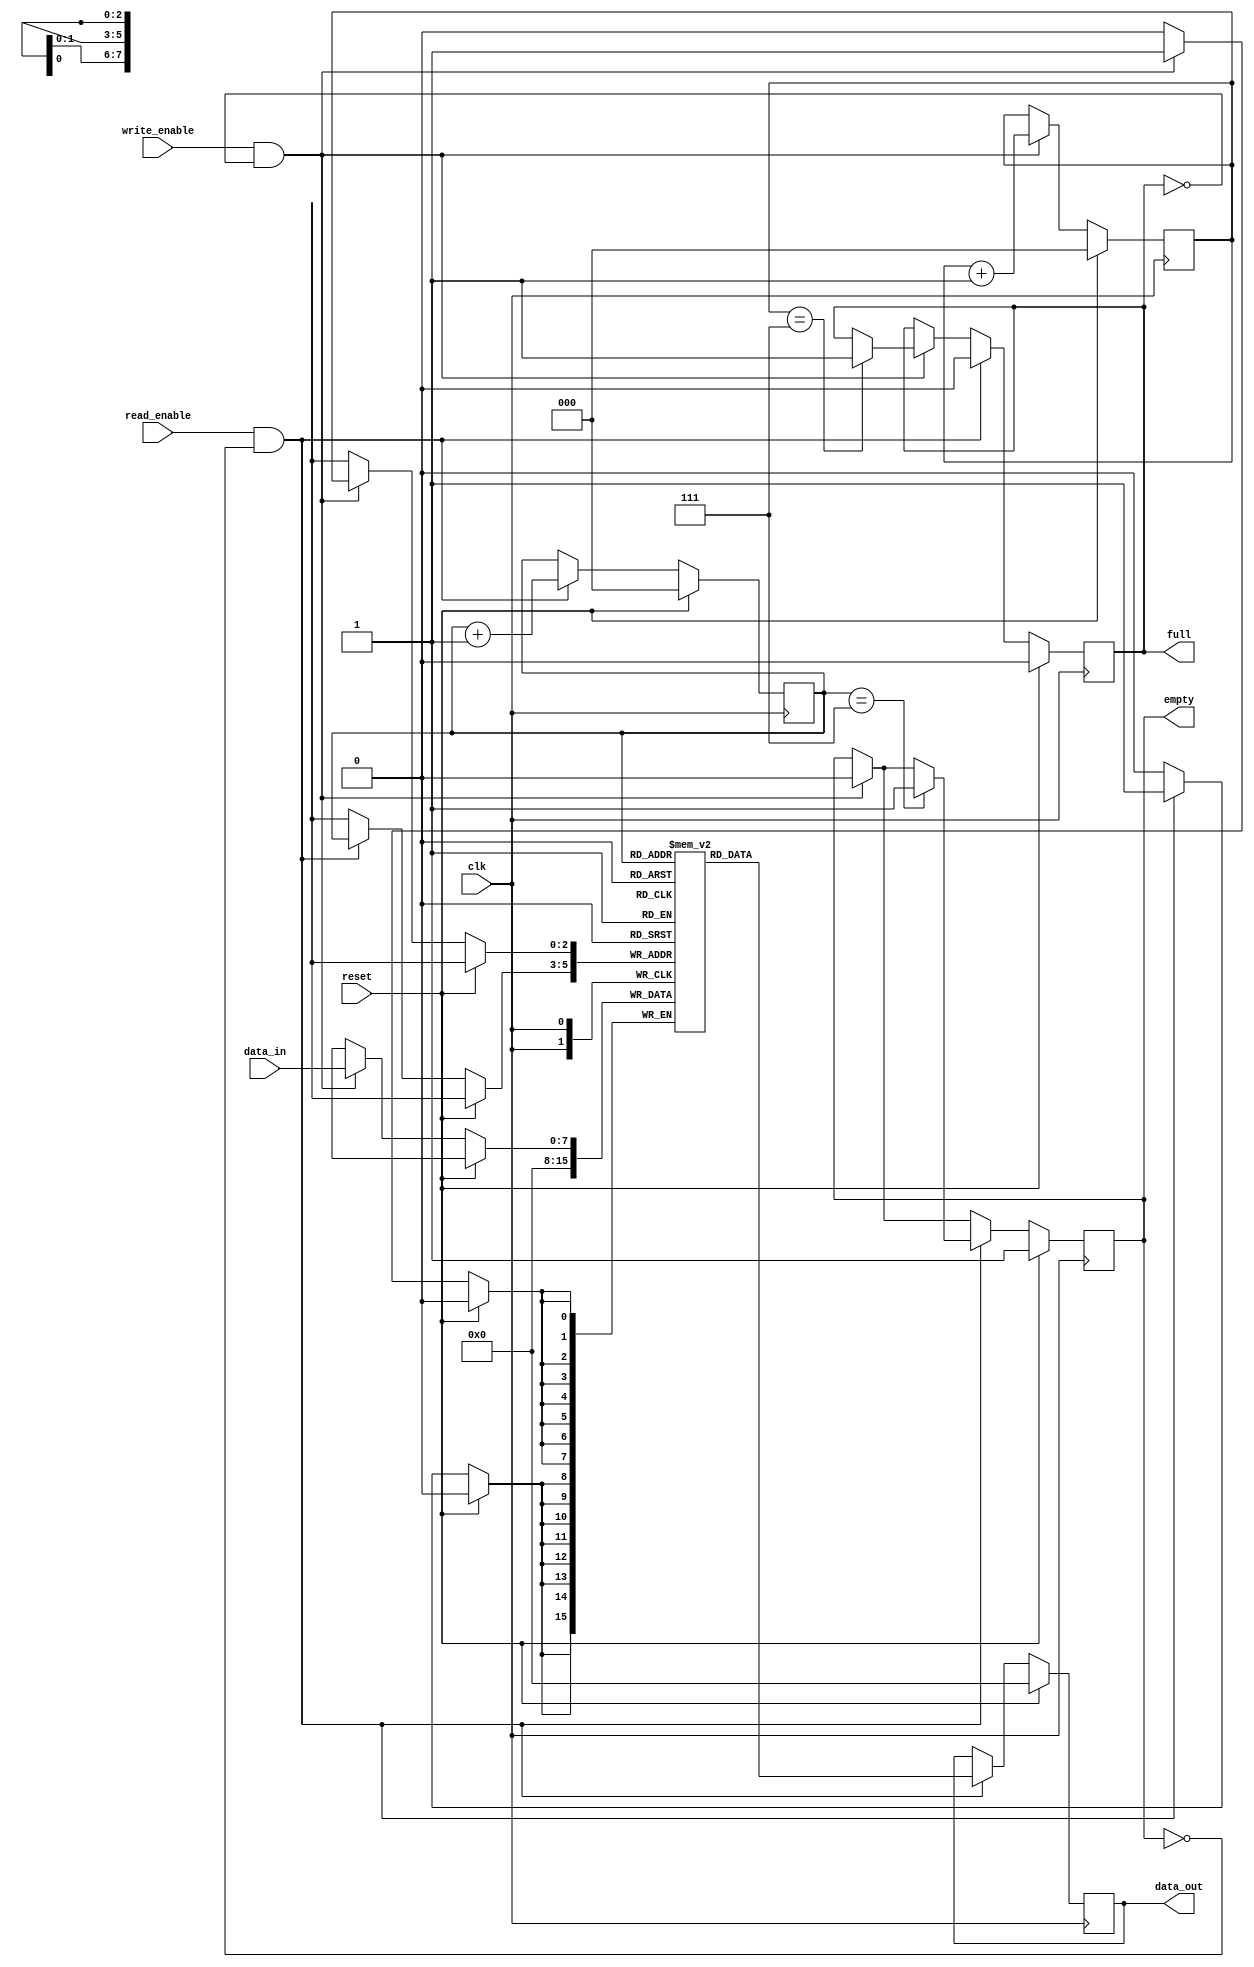
module synchronous_fifo (
    input wire clk,
    input wire reset,
    input wire write_enable,
    input wire read_enable,
    input wire [7:0] data_in,
    output reg [7:0] data_out,
    output reg full,
    output reg empty
);

reg [7:0] fifo [0:7];
reg [2:0] write_ptr;
reg [2:0] read_ptr;

always @(posedge clk) begin
    if (reset) begin
        write_ptr <= 3'b000;
        read_ptr <= 3'b000;
        full <= 1'b0;
        empty <= 1'b1;
        data_out <= 0;
    end else begin
        if (write_enable && !full) begin
            fifo[write_ptr] <= data_in;
            write_ptr <= write_ptr + 1;
            if (write_ptr == 3'b111) begin
                full <= 1;
            end
            empty <= 0;
        end
        
        if (read_enable && !empty) begin
            data_out <= fifo[read_ptr];
            fifo[read_ptr] <= 0;
            read_ptr <= read_ptr + 1;
            if (read_ptr == 3'b111) begin
                empty <= 1;
            end
            full <= 0;
        end
    end
end

endmodule